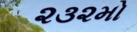
૨૩૨મો